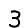
Digit: 3